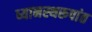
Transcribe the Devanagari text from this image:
ध्यानस्थरूपांत